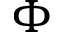
\Phi